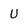
Character: U